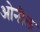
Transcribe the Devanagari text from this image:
ओनील